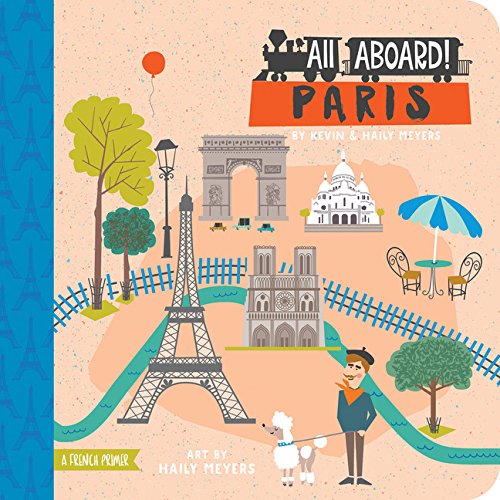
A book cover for All Aboard! Paris: A French Primer; Haily Meyers; Children's Books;